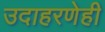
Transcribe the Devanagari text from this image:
उदाहरणेही